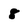
Character: 8